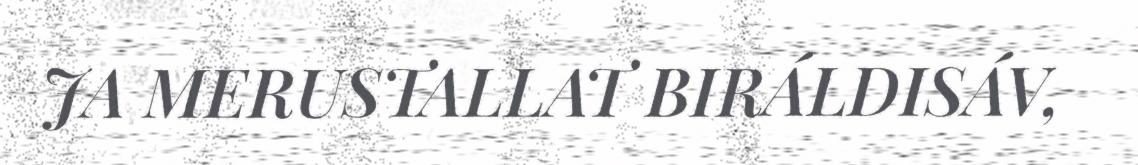
JA MERUSTALLAT BIRÁLDISÁV,